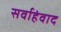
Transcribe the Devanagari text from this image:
सर्वाहंवाद